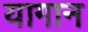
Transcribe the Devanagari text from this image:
यागान